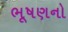
ભૂષણનો